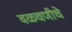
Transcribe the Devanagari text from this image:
वळचणीचे